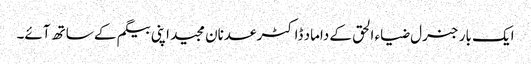
ایک بار جنرل ضیاء الحق کے داماد ڈاکٹر عدنان مجید اپنی بیگم کے ساتھ آئے۔